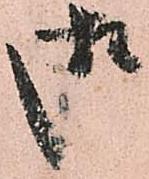
御